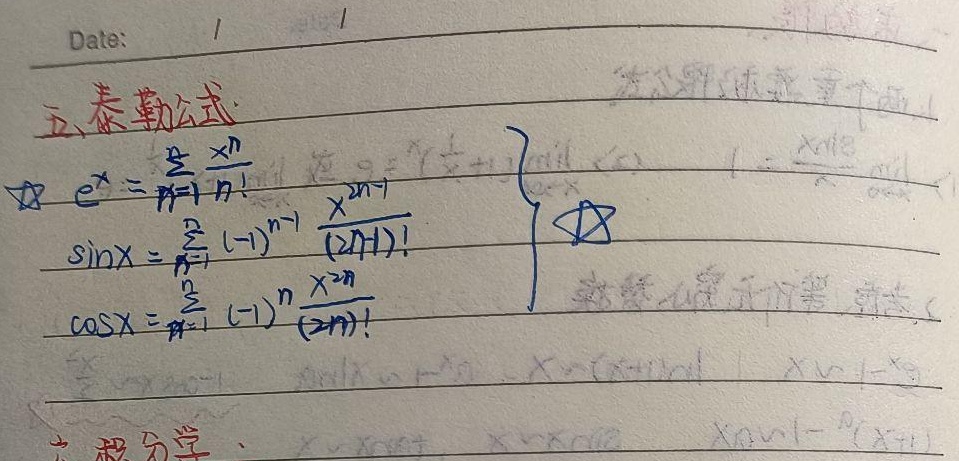
Date:  /  /
五、泰勒公式
\[
e^{x}=\sum_{n = 0}^{\infty}\frac{x^{n}}{n!}
\]
\[
\sin x=\sum_{n = 1}^{\infty}(-1)^{n - 1}\frac{x^{2n-1}}{(2n - 1)!}
\]
\[
\cos x=\sum_{n = 0}^{\infty}(-1)^{n}\frac{x^{2n}}{(2n)!}
\]
六、积分学